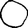
Digit: 0